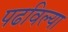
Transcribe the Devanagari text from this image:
पढविल्या